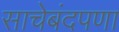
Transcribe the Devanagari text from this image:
साचेबंदपणा